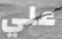
علي